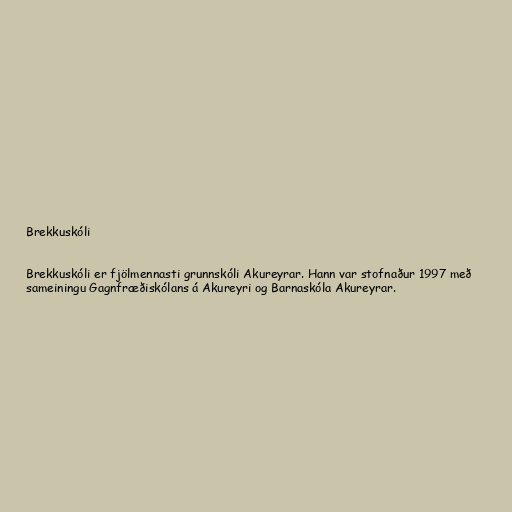
Brekkuskóli

Brekkuskóli er fjölmennasti grunnskóli Akureyrar. Hann var stofnaður 1997 með
sameiningu Gagnfræðiskólans á Akureyri og Barnaskóla Akureyrar.